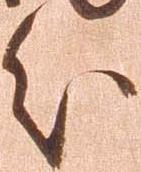
分